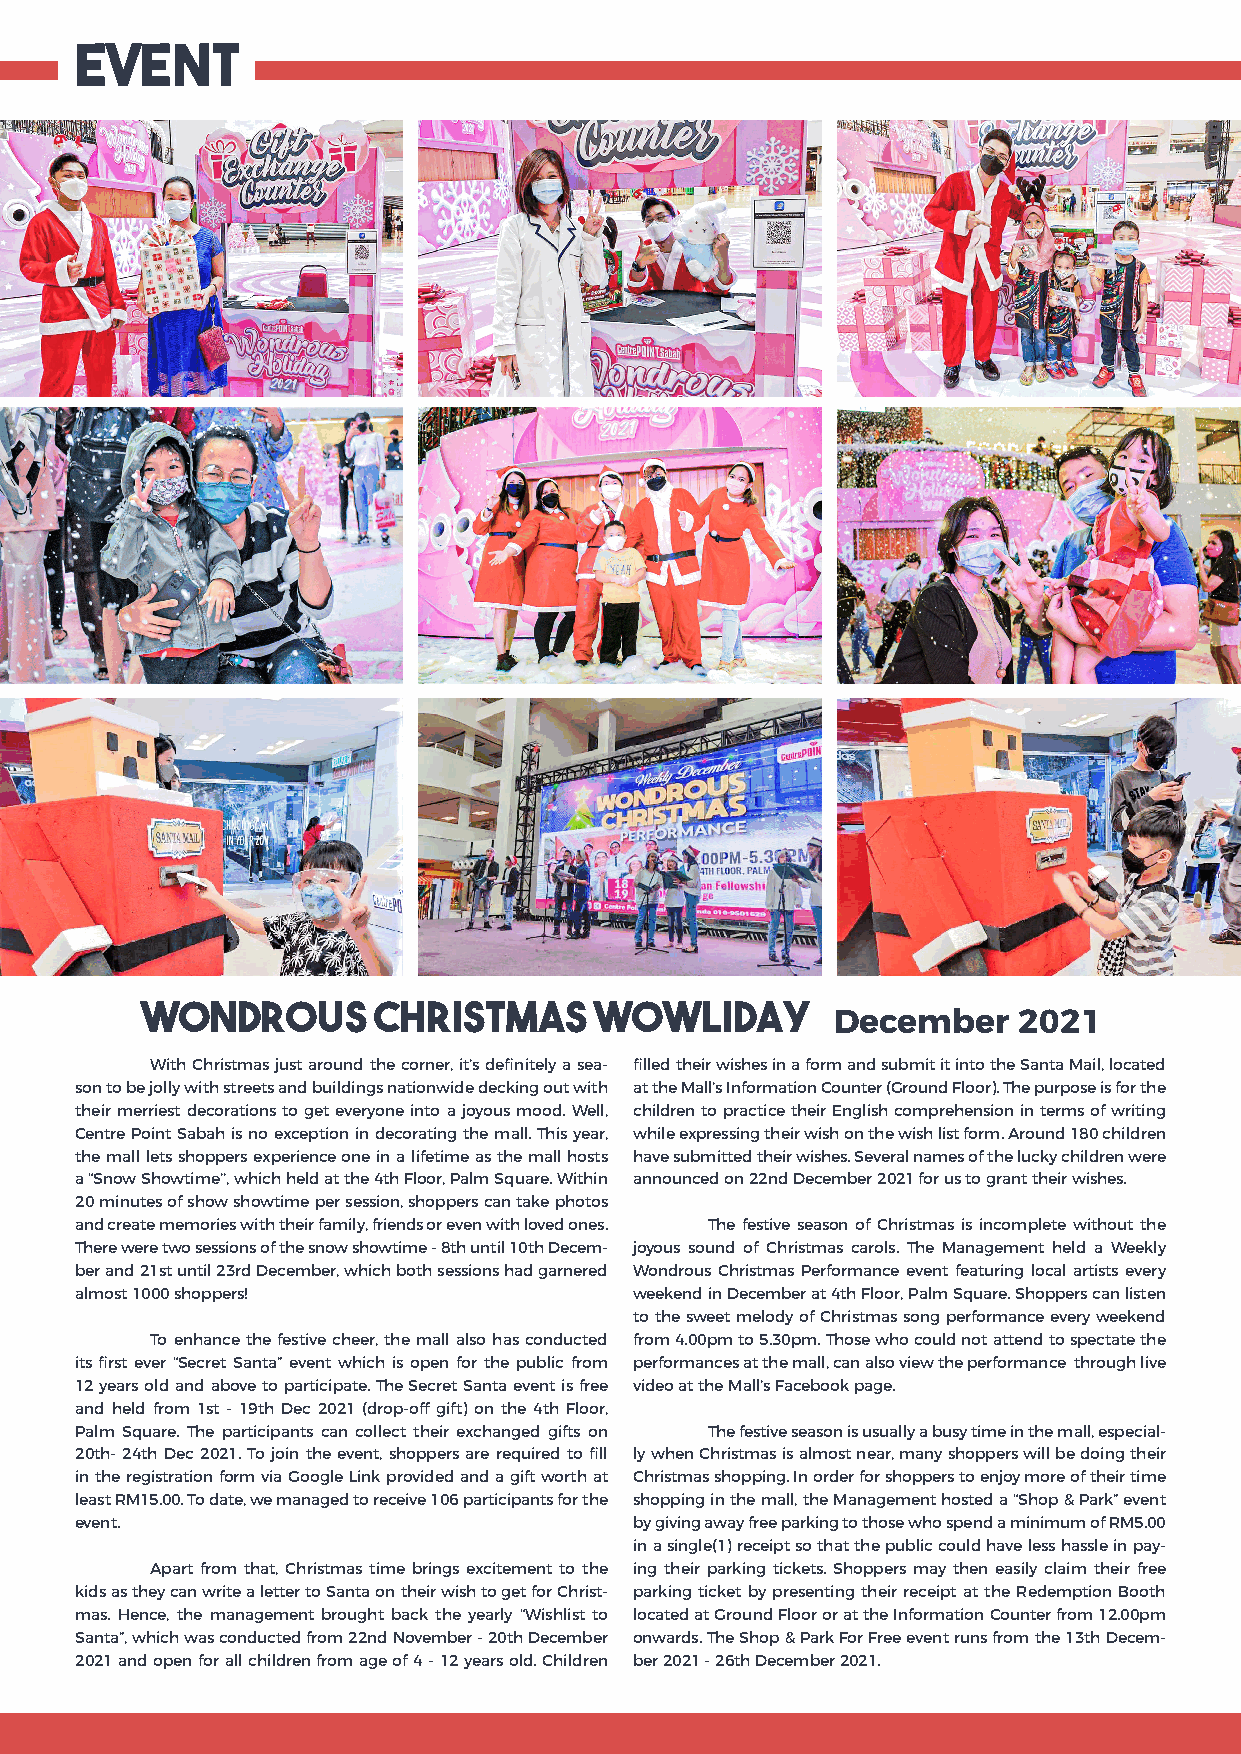
EVENT
 Wondrous        Christmas     Wowliday
 December    2021
 With Christmas just around the corner, it’s definitely a sea- filled their wishes in a form and submit it into the Santa Mail, located
 son to be jolly with streets and buildings nationwide decking out with at the Mall’s Information Counter (Ground Floor). The purpose is for the
 their merriest decorations to get everyone into a joyous mood. Well, children to practice their English comprehension in terms of writing
 Centre Point Sabah is no exception in decorating the mall. This year, while expressing their wish on the wish list form. Around 180 children
 the mall lets shoppers experience one in a lifetime as the mall hosts have submitted their wishes. Several names of the lucky children were
 a “Snow Showtime’’, which held at the 4th Floor, Palm Square. Within announced on 22nd December 2021 for us to grant their wishes.
 20 minutes of show showtime per session, shoppers can take photos
 and create memories with their family, friends or even with loved ones. The festive season of Christmas is incomplete without the
 There were two sessions of the snow showtime - 8th until 10th Decem- joyous sound of Christmas carols. The Management held a Weekly
 ber and 21st until 23rd December, which both sessions had garnered Wondrous Christmas Performance event featuring local artists every
 almost 1000 shoppers!                weekend in December at 4th Floor, Palm Square. Shoppers can listen
 to the sweet melody of Christmas song performance every weekend
 To enhance the festive cheer, the mall also has conducted from 4.00pm to 5.30pm. Those who could not attend to spectate the
 its first ever “Secret Santa” event which is open for the public from performances at the mall, can also view the performance through live
 12 years old and above to participate. The Secret Santa event is free video at the Mall’s Facebook page.
 and held from 1st - 19th Dec 2021 (drop-off gift) on the 4th Floor,
 Palm Square. The participants can collect their exchanged gifts on The festive season is usually a busy time in the mall, especial-
 20th- 24th Dec 2021. To join the event, shoppers are required to fill ly when Christmas is almost near, many shoppers will be doing their
 in the registration form via Google Link provided and a gift worth at Christmas shopping. In order for shoppers to enjoy more of their time
 least RM15.00. To date, we managed to receive 106 participants for the shopping in the mall, the Management hosted a “Shop & Park” event
 event.                               by giving away free parking to those who spend a minimum of RM5.00
 in a single(1) receipt so that the public could have less hassle in pay-
 Apart from that, Christmas time brings excitement to the ing their parking tickets. Shoppers may then easily claim their free
 kids as they can write a letter to Santa on their wish to get for Christ- parking ticket by presenting their receipt at the Redemption Booth
 mas. Hence, the management brought back the yearly “Wishlist to located at Ground Floor or at the Information Counter from 12.00pm
 Santa”, which was conducted from 22nd November - 20th December onwards. The Shop & Park For Free event runs from the 13th Decem-
 2021 and open for all children from age of 4 - 12 years old. Children ber 2021 - 26th December 2021.